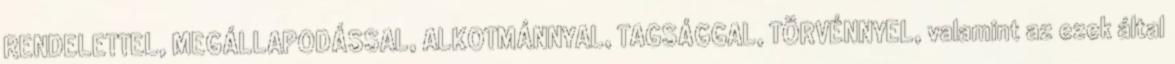
RENDELETTEL, MEGÁLLAPODÁSSAL, ALKOTMÁNNYAL, TAGSÁGGAL, TÖRVÉNNYEL, valamint az ezek által